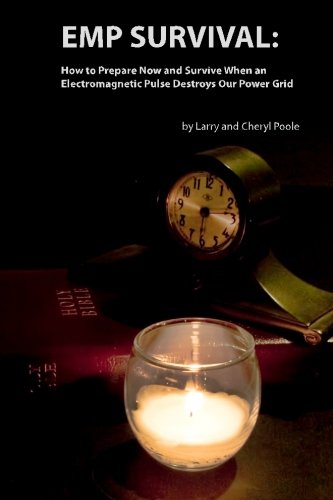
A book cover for EMP Survival: :How to Prepare Now and Survive, When an Electromagnetic Pulse Destroys Our Power Grid; Larry Poole; Health, Fitness & Dieting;